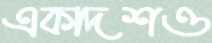
একাদশও